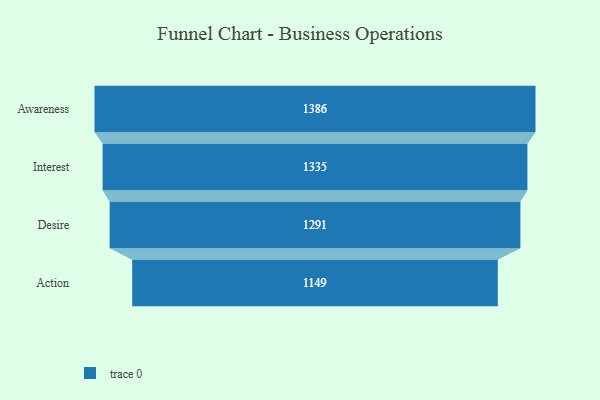
{"axis": {"x": "Stage", "y": "Value"}, "legend": [""], "data": [{"x": "Awareness", "y": 1386.0, "type": ""}, {"x": "Interest", "y": 1335.0, "type": ""}, {"x": "Desire", "y": 1291.0, "type": ""}, {"x": "Action", "y": 1149.0, "type": ""}]}